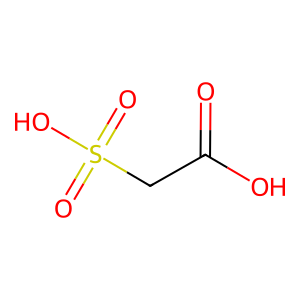
SMILES: O=C(O)CS(=O)(=O)O
Inhibits HIV replication: No